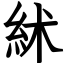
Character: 絉